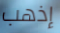
إذهب